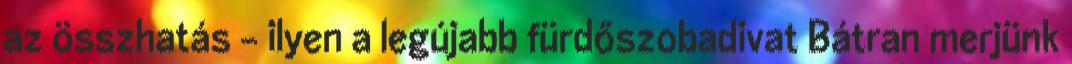
az összhatás – ilyen a legújabb fürdőszobadivat Bátran merjünk